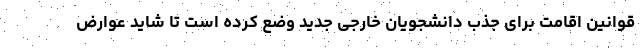
قوانین اقامت برای جذب دانشجویان خارجی جدید وضع کرده است تا شاید عوارض